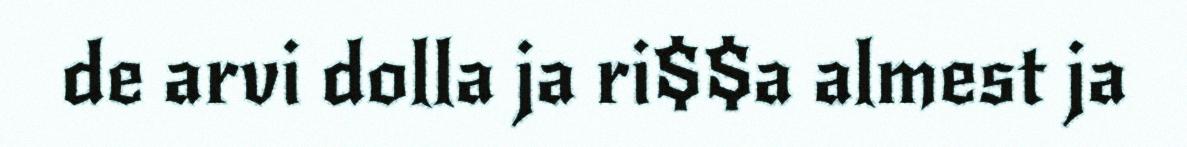
de arvi dolla ja ri$$a almest ja